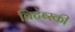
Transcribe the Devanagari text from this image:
विटेब्स्की